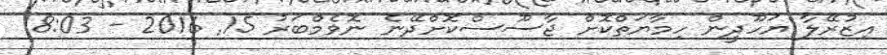
އިޒުރޭލާ ޔަހޫދީން ހިމާޔަތްކޮށް ޖާސޫސްކޮށްދޭނެ ނޮވެމްބަރު 15